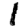
Digit: 1